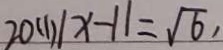
2 0 ( 1 ) \vert x - 1 \vert = \sqrt { 6 } ,